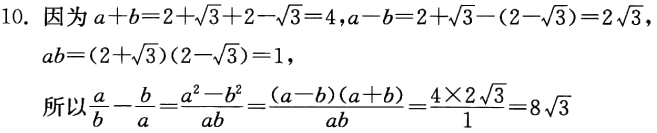
10. 因为\(a + b = 2+\sqrt{3}+2 - \sqrt{3}=4\)，\(a - b = 2+\sqrt{3}-(2 - \sqrt{3})=2\sqrt{3}\)，

\(ab=(2 + \sqrt{3})(2 - \sqrt{3}) = 1\)，

所以\(\frac{a}{b}-\frac{b}{a}=\frac{a^{2}-b^{2}}{ab}=\frac{(a - b)(a + b)}{ab}=\frac{4\times2\sqrt{3}}{1}=8\sqrt{3}\)